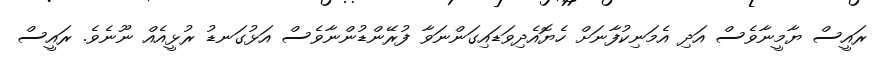
ރައީސް ޔާމީނާވެސް އަދި އެމަނިކުފާނަށް ހެޔޮއެދިވަޑައިގަންނަވާ ފުރޭންޑުންނާވެސް އަޅުގަނޑު ރުޅީއެއް ނޫނެވެ. ރައީސް